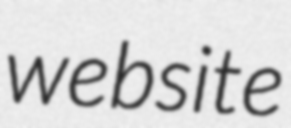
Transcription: website